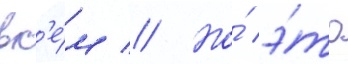
вс'е́м // Но́ э́то